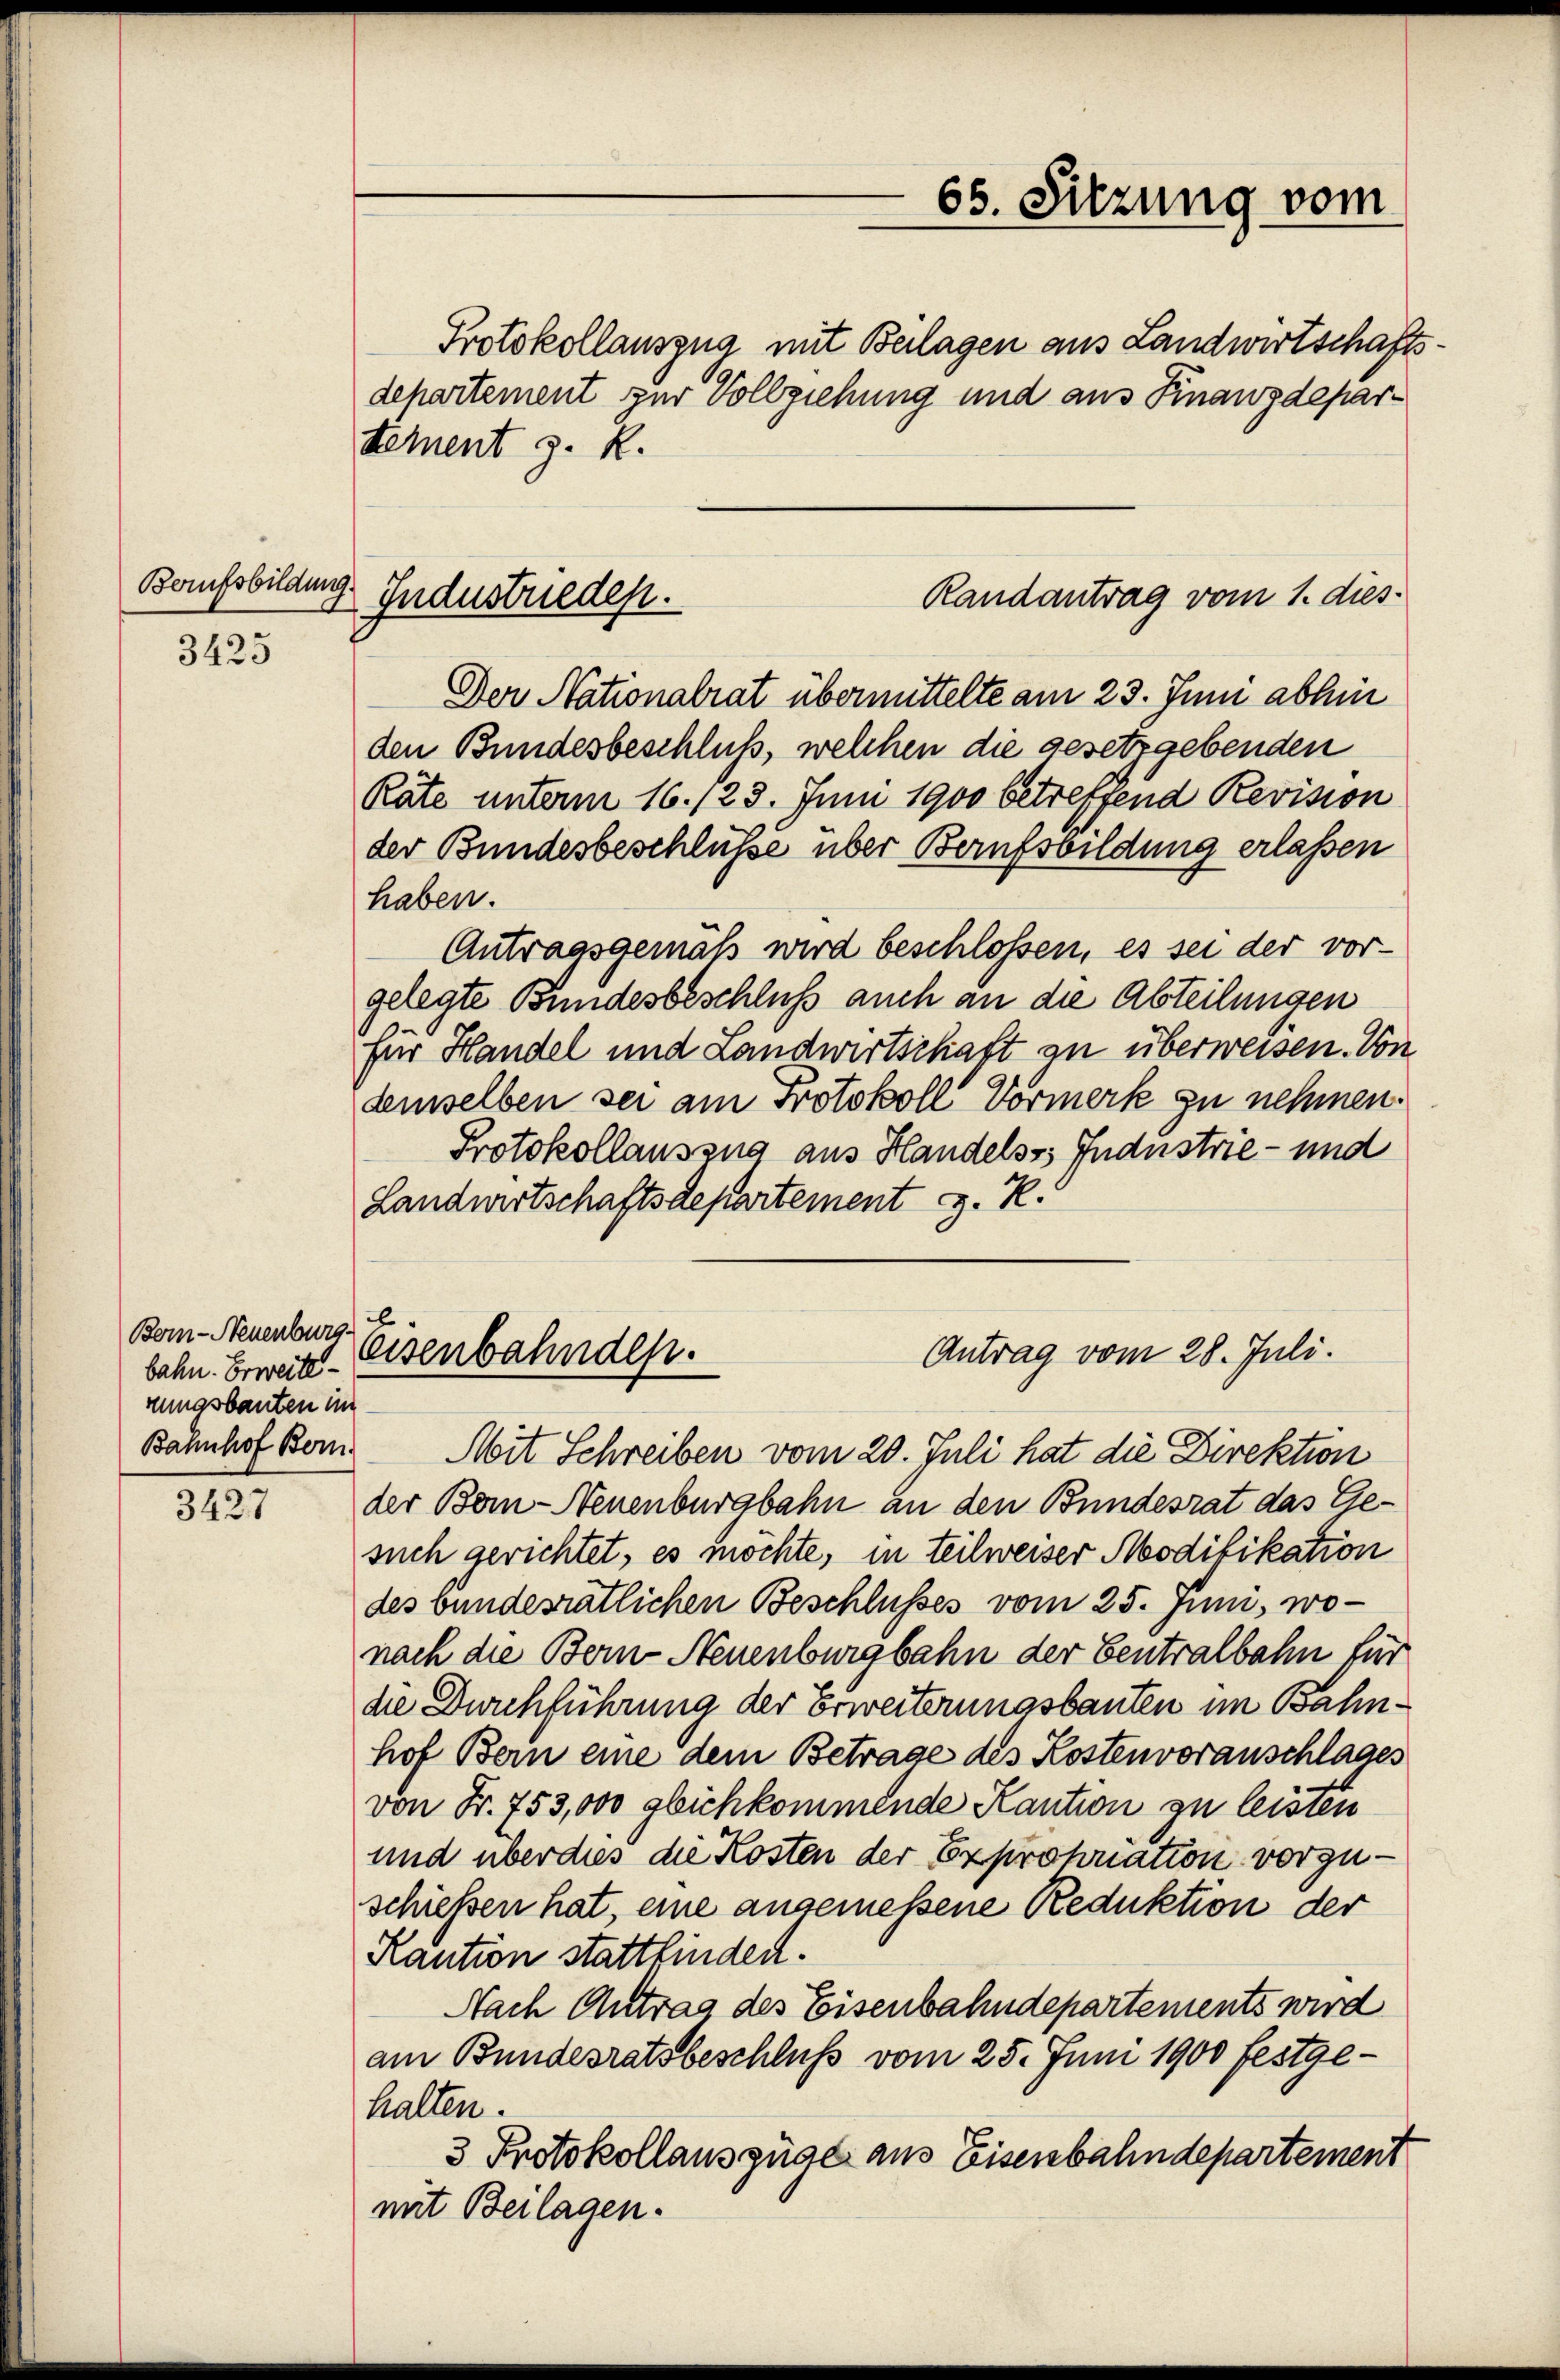
Berufsbildung.

3425

3427

Bern-Neuenburg.
bahn. Erweiterungsbauten im
Bahnhof Bern.

Randantrag vom 1. dies
Industrieden.

Protokollauszug mit Beilagen aus Landwirtschaftsdepartement zur Vollziehung und aus Kinanzdepartement z. R.
Der Nationalrat übermittelte am 23. Juni abhen
den Bundesbeschluß, welchen die gesetzgebenden
Räte unterm 16./23. Juni 1900 betreffend Revision
der Bundesbeschlüsse über Berufsbildung erlassen
haben.
Antragsgemäß wird beschlossen, es sei der vorgelegte Bundesbeschluß auch an die Abteilungen
für Handel und Landwirtschaft an überweisen. Von
demselben sei am Protokoll Vormerk zu nehmen.
Protokollauszug aus Handels Industrie- und
Landwirtschaftsdepartement z. K.

b
eisenbahnden.
Antrag vom 28. Juli.

65. Sitzung vom

Mit Schreiben vom 20. Juli hat die Direktion
der Bern-Neuenburgbahn an den Bundesrat das Gesuch gerichtet, es möchte, in teilweiser Modifikation
des bundesrätlichen Beschlusses vom 25. Juni, wonach die Bern- Neuenburgbahn der Centralbahn für
die Durchführung der Erweiterungsbauten im Bahnhof Bern eine dem Betrage des Kostenvoranschlages
von Fr. 753,000 glichkommende Kaution zu leisten
und überdies die Kosten der Exproporation vorzuschieben hat, eine angemessene Reduktion der
Kaution stattfinden.
Nach Antrag des Eisenbahndepartements wird
am Bundesratsbeschluß vom 25. Juni 1900 festgehalten.
3 Protokollausquae aus Eisenbahndepartement
mit Beilagen.